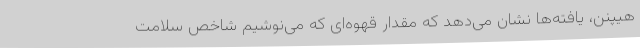
هیپنن، یافته‌ها نشان می‌دهد که مقدار قهوه‌ای که می‌نوشیم شاخص سلامت